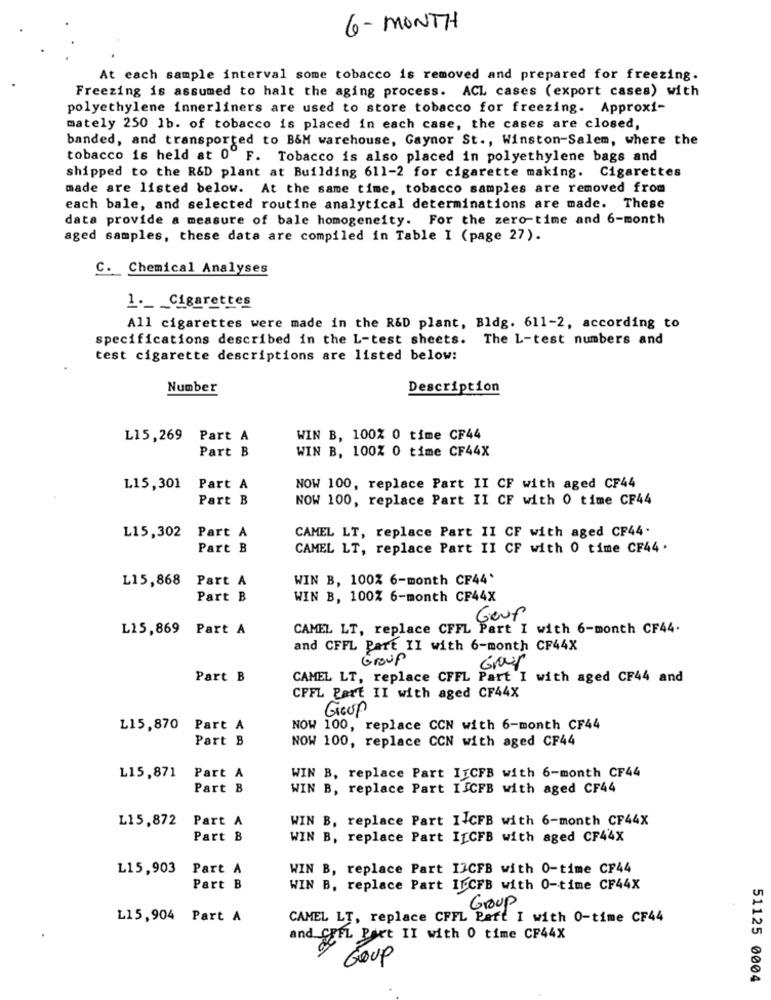
6 - MONTH
At each sample interval some tobacco is removed and prepared for freezing.
Freezing is assumed to halt the aging process. ACL cases (export cases) with
polyethylene innerliners are used to store tobacco for freezing. Approxi-
mately 250 1b. of tobacco is placed in each case, the cases are closed,
banded, and transported to B&M warehouse, Gaynor St ., Winston-Salem, where the
tobacco is held at 0 F. Tobacco is also placed in polyethylene bags and
shipped to the R&D plant at Building 611-2 for cigarette making. Cigarettes
made are listed below. At the same time, tobacco samples are removed from
each bale, and selected routine analytical determinations are made. These
data provide a measure of bale homogeneity. For the zero-time and 6-month
aged samples, these data are compiled in Table I (page 27).
C. Chemical Analyses
1 ._ _ Cigarettes
All cigarettes were made in the R&D plant, Bldg. 611-2, according to
specifications described in the L-test sheets. The L-test numbers and
test cigarette descriptions are listed below:
Number
Description
L15,269 Part A
WIN B, 100% 0 time CF44
Part B
WIN B, 100% 0 time CF44X
L15,301
Part A
NOW 100, replace Part II CF with aged CF44
Part B
NOW 100, replace Part II CF with 0 time CF44
Part A
CAMEL LT, replace Part II CF with aged CF44.
L15,302
Part B
CAMEL LT, replace Part II CF with 0 time CF44.
L15,868
Part A
WIN B, 100% 6-month CF44'
Part B
WIN B, 100% 6-month CF44X
Geur
L15,869 Part A
CAMEL LT, replace CFFL Part I with 6-month CF44.
and CFFL Part II with 6-month CF44X
Group
Gour
Part B
CAMEL LT, replace CFFL Part I with aged CF44 and
CFFL Part II with aged CF44X
Group
L15,870 Part A
NOW 100, replace CCN with 6-month CF44
Part B
NOW 100, replace CCN with aged CF44
L15,871
Part A
WIN B, replace Part ITCFB with 6-month CF44
Part B
WIN B, replace Part ISCFB with aged CF44
L15,872
Part A
WIN B, replace Part IICFB with 6-month CF44X
Part B
WIN B, replace Part IfCFB with aged CF44X
L15,903
Part A
WIN B, replace Part I3CFB with 0-time CF44
Part B
WIN B, replace Part IL.CFB with 0-time CF44X
Group
L15,904 Part A
CAMEL LT, replace CFFL Part I with 0-time CF44
FL Part II with 0 time CF44X
Group
51125 0004